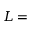
L =